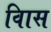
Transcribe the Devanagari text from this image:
विास